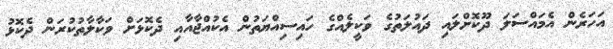
އަހަރެން އެމައްސަލަ ދޫކޮށްލައި ދައުލަތުގެ ވަކީލެއްގެ ހައިސިއްޔަތުން އެކުއްޖާއާއި ދެކޮޅަށް ވަކާލާތުކުރަން ދެކޮޅު